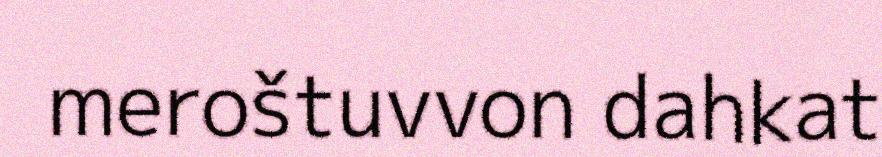
meroštuvvon dahkat